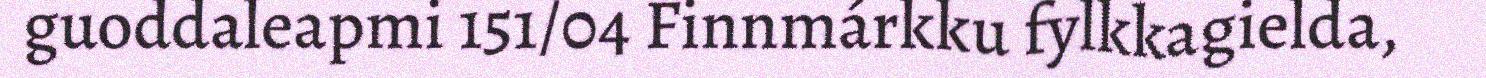
guoddaleapmi 151/04 Finnmárkku fylkkagielda,